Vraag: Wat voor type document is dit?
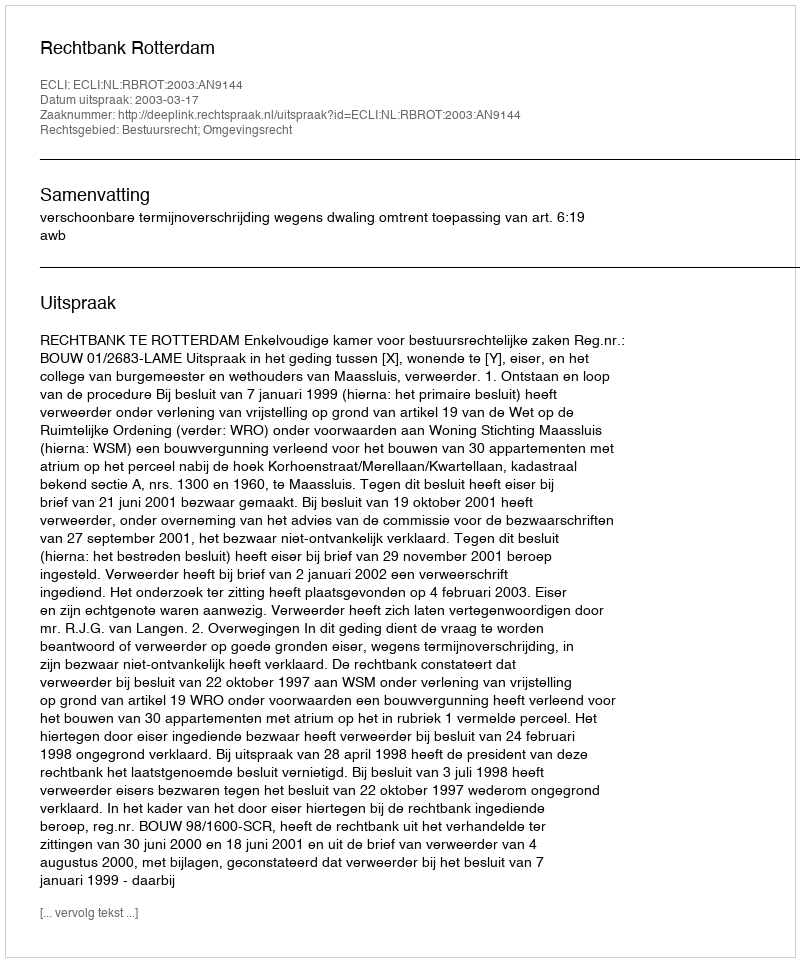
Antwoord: Uitspraak